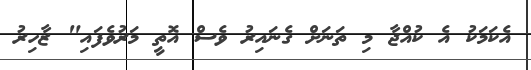
އެކަމަކު އެ ކުއްޖާ މި ތަނަށް ގެނައިރު ވެސް އޮތީ މަރުވެފައި" ޒާހިރު